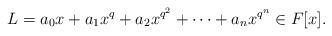
LaTeX: \begin{align*}L=a_0x+a_1x^q+a_2x^{q^2}+\cdots+a_n x^{q^n} \in F[x].\end{align*}